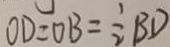
O D = O B = \frac { 1 } { 2 } B D